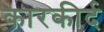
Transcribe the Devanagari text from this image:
कारकीर्द